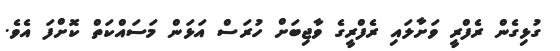
ގުޅިގެން ރެފްރީ ވަށާލައި ރެފްރީގެ ވާޖިބަށް ހުރަސް އަޅަން މަސައްކަތް ކޮށްފަ އެވެ.